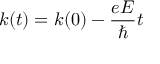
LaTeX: k ( t ) = k ( 0 ) - { \frac { e E } { \hbar } } t